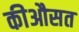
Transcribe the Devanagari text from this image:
कीऔसत